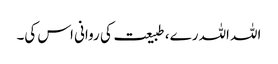
اللہ اللہ رے، طبیعت کی روانی اس کی۔